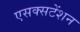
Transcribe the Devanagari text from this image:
एसक्सटेंशन